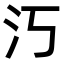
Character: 汅